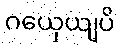
ဂယှေယျပိ